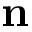
\mathbf { n }